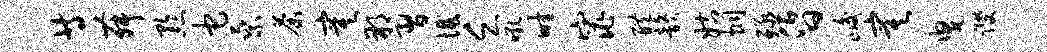
等舞黔它乘荼寞朔习憾乏吼畦窕醴韵姑炯殛昏峻寞曳躞